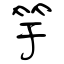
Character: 竽